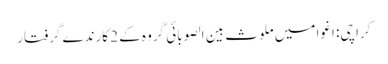
کراچی: اغوا میں ملوث بین الصوبائی گروہ کے 2 کارندے گرفتار